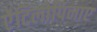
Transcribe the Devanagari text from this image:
ऐंटिलोपिनाए